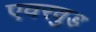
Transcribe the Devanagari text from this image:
एवरवुड